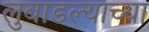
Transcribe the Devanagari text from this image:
लुबाडल्याच्या